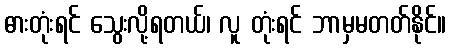
ဓားတုံးရင် သွေးလို့ရတယ်၊ လူ တုံးရင် ဘာမှမတတ်နိုင်။